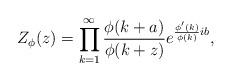
LaTeX: \begin{align*}Z_\phi(z)=\prod_{k=1}^{\infty}\frac{\phi(k+a)}{\phi(k+z)}e^{\frac{\phi'(k)}{\phi(k)}ib},\end{align*}